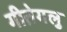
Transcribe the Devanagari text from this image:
गीतेगलु